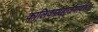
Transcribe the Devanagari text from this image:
कालिकामहात्म्यावरून